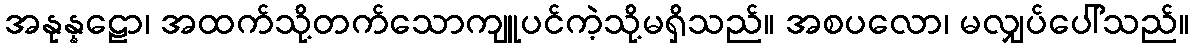
အနုန္နဠော၊ အထက်သို့တက်သောကျူပင်ကဲ့သို့မရှိသည်။ အစပလော၊ မလျှပ်ပေါ်သည်။